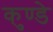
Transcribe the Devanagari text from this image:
कुण्डे